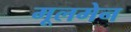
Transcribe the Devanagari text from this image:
मूलमेन